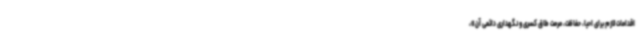
اقدامات لازم برای احیا، حفاظت، مرمت طاق کسری و نگهداری دائمی آن»،